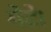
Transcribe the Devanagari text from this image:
मेटे।